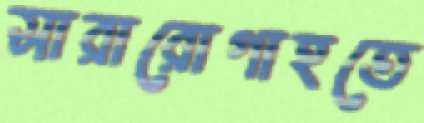
সারারোগাহতে